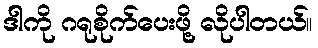
ဒါကို ဂရုစိုက်ပေးဖို့ လိုပါတယ်။